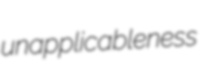
unapplicableness